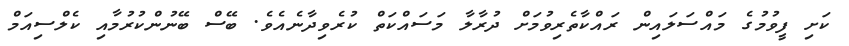
ކަށި ފީވުމުގެ މައްސަލައިން ރައްކާތެރިވުމަށް ދުރާލާ މަސައްކަތް ކުރެވިދާނެއެވެ. ބޭސް ބޭނުންކުރުމާއި ކެލްސިއަމް